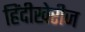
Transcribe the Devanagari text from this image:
हिंदीखेरीज